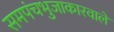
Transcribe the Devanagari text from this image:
समपंचभुजाकारवाले